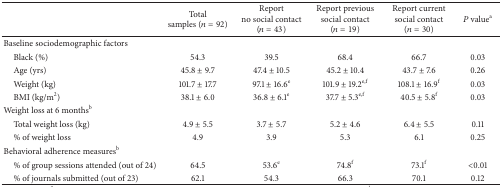
<table><thead><tr><td><b> </b></td><td><b>Total samples (<i>n</i> = 92)</b></td><td><b>Report no social contact (<i>n</i> = 43)</b></td><td><b>Report previous social contact (<i>n</i> = 19)</b></td><td><b>Report current social contact (<i>n</i> = 30)</b></td><td><b><i>P</i> value<sup>a</sup></b></td></tr></thead><tbody><tr><td>Baseline sociodemographic factors</td><td> </td><td> </td><td> </td><td> </td><td> </td></tr><tr><td> Black (%) </td><td>54.3</td><td>39.5</td><td>68.4</td><td>66.7</td><td>0.03</td></tr><tr><td> Age (yrs)</td><td>45.8 ± 9.7</td><td>47.4 ± 10.5</td><td>45.2 ± 10.4</td><td>43.7 ± 7.6</td><td>0.26</td></tr><tr><td> Weight (kg) </td><td>101.7 ± 17.7</td><td>97.1 ± 16.6<sup>e</sup></td><td>101.9 ± 19.2<sup>e,f</sup></td><td>108.1 ± 16.9<sup>f</sup></td><td>0.03</td></tr><tr><td> BMI (kg/m<sup>2</sup>)</td><td>38.1 ± 6.0</td><td>36.8 ± 6.1<sup>e</sup></td><td>37.7 ± 5.3<sup>e,f</sup></td><td>40.5 ± 5.8<sup>f</sup></td><td>0.03</td></tr><tr><td>Weight loss at 6 months<sup>b</sup></td><td> </td><td> </td><td> </td><td> </td><td> </td></tr><tr><td> Total weight loss (kg)</td><td>4.9 ± 5.5</td><td>3.7 ± 5.7</td><td>5.2 ± 4.6</td><td>6.4 ± 5.5</td><td>0.11</td></tr><tr><td> % of weight loss </td><td>4.9 </td><td>3.9 </td><td>5.3 </td><td>6.1 </td><td>0.25</td></tr><tr><td>Behavioral adherence measures<sup>b</sup></td><td> </td><td> </td><td> </td><td> </td><td> </td></tr><tr><td> % of group sessions attended (out of 24)</td><td>64.5</td><td>53.6<sup>e</sup></td><td>74.8<sup>f</sup></td><td>73.1<sup>f</sup></td><td>&lt;0.01</td></tr><tr><td> % of journals submitted (out of 23)</td><td>62.1</td><td>54.3</td><td>66.3</td><td>70.1</td><td>0.12</td></tr></tbody></table>